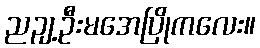
ညဉျ့ဦးမအေပြိုကလေး။